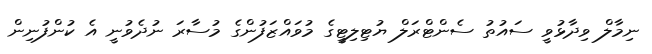
ނިމާލް ވިދާޅުވީ ސައުތު ސެންޓްރަލް ޔުޓިލިޓީގެ މުވައްޒަފުންގެ މުސާރަ ނުދެވުނީ އެ ކުންފުނިން